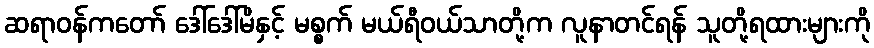
ဆရာဝန်ကတော် ဒေါ်ဒေါ်မိနှင့် မစ္စက် မယ်ရီဝယ်သာတို့က လူနာတင်ရန် သူတို့ရထားများကို